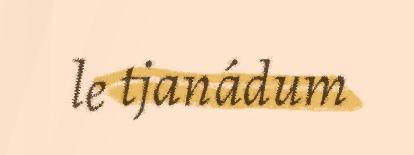
le tjanádum